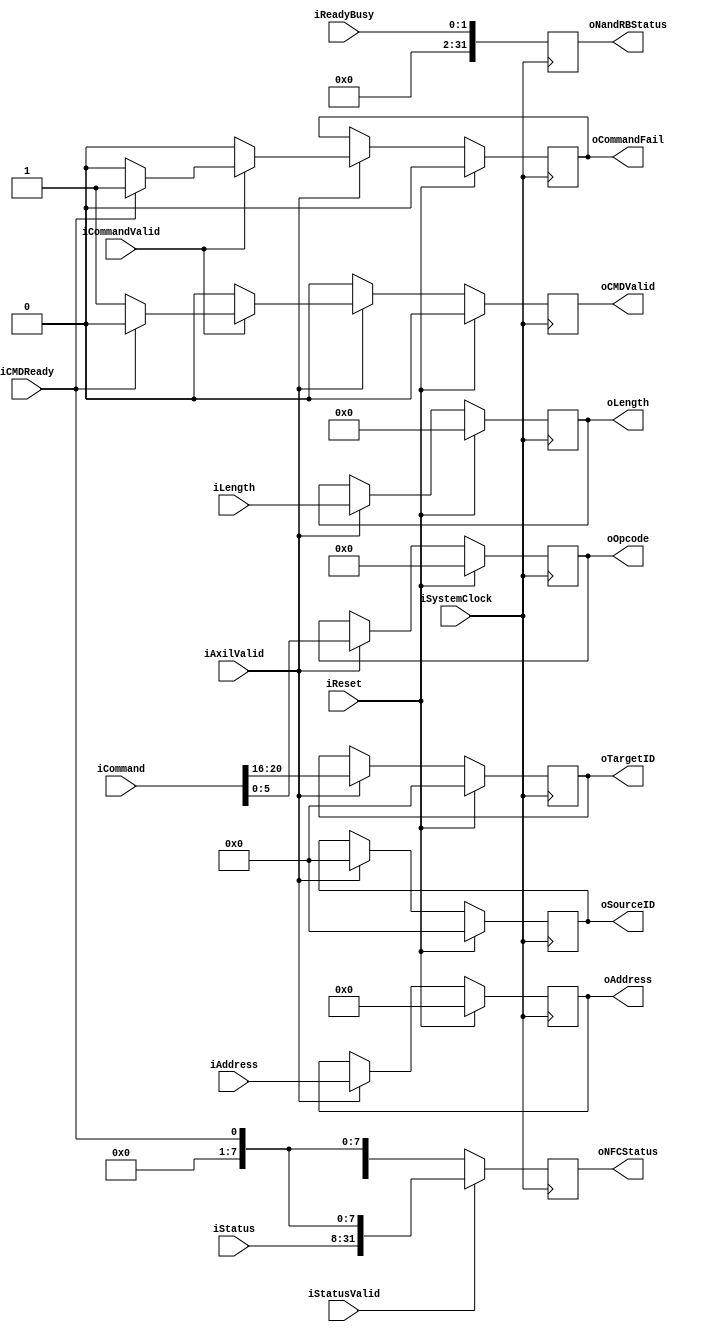
module NandFlashController_Interface_adapter
#
(
    parameter NumberOfWays         = 2
)
(
	iSystemClock ,
	iReset       ,

	iAxilValid   ,
	iCommand     ,
	iCommandValid,
	iAddress     ,
	iLength      ,
	oCommandFail ,
	// iDMARAddress ,
	// iDMAWAddress ,
	oNFCStatus   ,
	oNandRBStatus,
	
	
	oOpcode      ,
	oTargetID    ,
	oSourceID    ,
	oAddress     ,
	oLength      ,
	oCMDValid    ,
	iCMDReady    ,

    iStatus      ,
    iStatusValid ,
    
    iReadyBusy   
);

	input                          iSystemClock ;
	input                          iReset ;

	input                          iAxilValid   ;
	input   [31:0]                 iCommand     ;
	input                          iCommandValid;
	input   [31:0]                 iAddress     ;
	input   [15:0]                 iLength      ;
	output                         oCommandFail ;
	// input   [31:0]                 iDMARAddress ;
	// input   [31:0]                 iDMAWAddress ;
	output  [31:0]                 oNFCStatus   ;
	output  [31:0]                 oNandRBStatus;
	
	output  [5:0]                  oOpcode      ;
	output  [4:0]                  oTargetID    ;
	output  [4:0]                  oSourceID    ;
	output  [31:0]                 oAddress     ;
	output  [15:0]                 oLength      ;
	output                         oCMDValid    ;
	input                          iCMDReady    ;
	
	input   [23:0]                 iStatus      ;
	input                          iStatusValid ;
	
	input   [NumberOfWays - 1:0]   iReadyBusy   ;

	reg                            rCommandFail ;
	reg  [5:0]                     rOpcode      ;
	reg  [4:0]                     rTargetID    ;
	reg  [4:0]                     rSourceID    ;
	reg  [31:0]                    rAddress     ;
	reg  [15:0]                    rLength      ;
	reg                            rCMDValid    ;

	reg  [31:0]                    rNFCStatus   ;
	reg  [31:0]                    rNandRBStatus;

    always @ (posedge iSystemClock) begin
        if (iReset) begin
			rOpcode      <= 0;   
			rTargetID    <= 0;   
			rSourceID    <= 0;   
			rAddress     <= 0;   
			rLength      <= 0;   
			rCMDValid    <= 0;  
			rCommandFail <= 0; 
        end else if (iAxilValid) begin
			rOpcode   <= iCommand[5:0];   
			rTargetID <= iCommand[4+16:16];   
			rSourceID <= 0;   
			rAddress  <= iAddress;   
			rLength   <= iLength; 
			if (iCommandValid)  
				if (iCMDReady) begin
					rCMDValid <= 0;
					rCommandFail <= 1;
				end else begin
					rCMDValid <= 1;
					rCommandFail <= 0;
				end
			else begin
				rCommandFail <= 0;
				rCMDValid <= 0;   
			end
				
        end else begin
			rOpcode      <= rOpcode     ;   
			rTargetID    <= rTargetID   ;   
			rSourceID    <= rSourceID   ;   
			rAddress     <= rAddress    ;   
			rLength      <= rLength     ;   
			rCMDValid    <= 0           ;  
			rCommandFail <= rCommandFail;
        end
    end

    always @ (posedge iSystemClock) begin
    	if (iStatusValid) 
    		rNFCStatus <= {iStatus, 7'd0, iCMDReady};
    	else begin
    		rNFCStatus <= {rNFCStatus[31:8], 7'd0, iCMDReady};
    	end
    	rNandRBStatus <= iReadyBusy;
    end

	assign oNFCStatus    = rNFCStatus   ;
	assign oNandRBStatus = rNandRBStatus;
	
	assign oCommandFail  = rCommandFail ;
	assign oOpcode       = rOpcode      ;
	assign oTargetID     = rTargetID    ;
	assign oSourceID     = rSourceID    ;
	assign oAddress      = rAddress     ;
	assign oLength       = rLength      ;
	assign oCMDValid     = rCMDValid    ;

endmodule